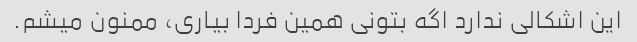
این اشکالی ندارد اگه بتونی همین فردا بیاری، ممنون میشم.